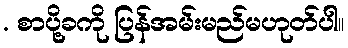
. စာပို့ခကို ပြန်အမ်းမည်မဟုတ်ပါ။